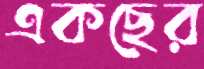
একছের